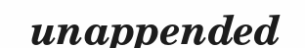
unappended